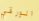
الورقي